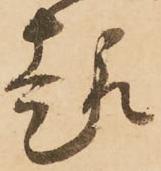
趣